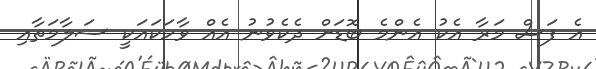
އެ ފަސް މަރާ އެކު އެންމެ ބޮޑަށް ދެކެވުނު އެއް ވާހަކައަކީ ސަލާމަތާއި